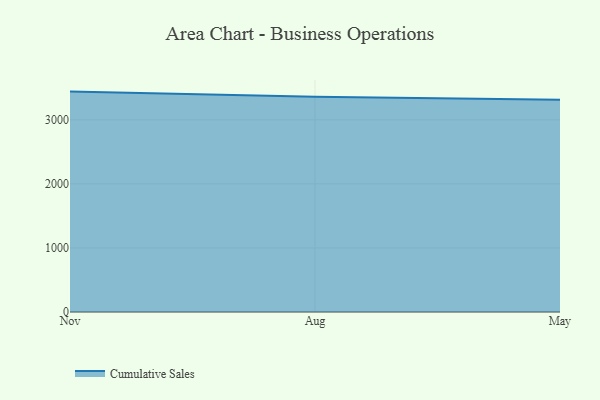
{"axis": {"x": "Month", "y": "Churn Rate (%)"}, "legend": ["Cumulative Sales"], "data": [{"x": "Nov", "y": 3440.1, "type": "Cumulative Sales"}, {"x": "Aug", "y": 3359.3, "type": "Cumulative Sales"}, {"x": "May", "y": 3312.2, "type": "Cumulative Sales"}]}